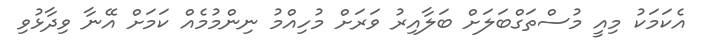
އެކަމަކު މިއީ މުސްތަގްބަލަށް ބަލާއިރު ވަރަށް މުހިއްމު ނިންމުމެއް ކަމަށް އޭނާ ވިދާޅުވި